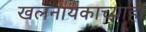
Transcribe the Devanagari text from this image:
खलनायकाच्याही